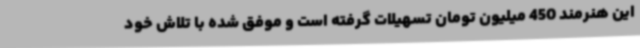
این هنرمند 450 میلیون تومان تسهیلات گرفته است و موفق شده با تلاش خود